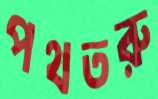
পথতরু